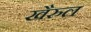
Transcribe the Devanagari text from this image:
खैरुल